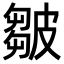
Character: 皺